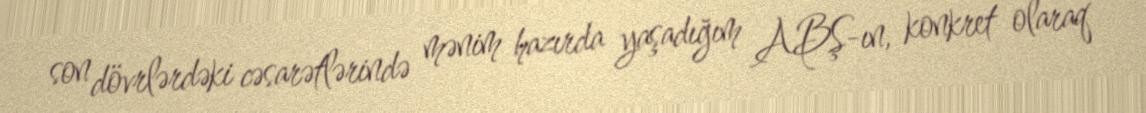
son dövrlərdəki cəsarətlərində mənim hazırda yaşadığım ABŞ-ın, konkret olaraq